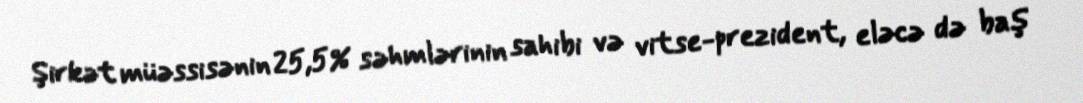
Şirkət müəssisənin 25,5% səhmlərinin sahibi və vitse-prezident, eləcə də baş